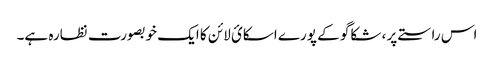
اس راستے پر ، شکاگو کے پورے اسکائ لائن کا ایک خوبصورت نظارہ ہے۔